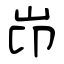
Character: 岇